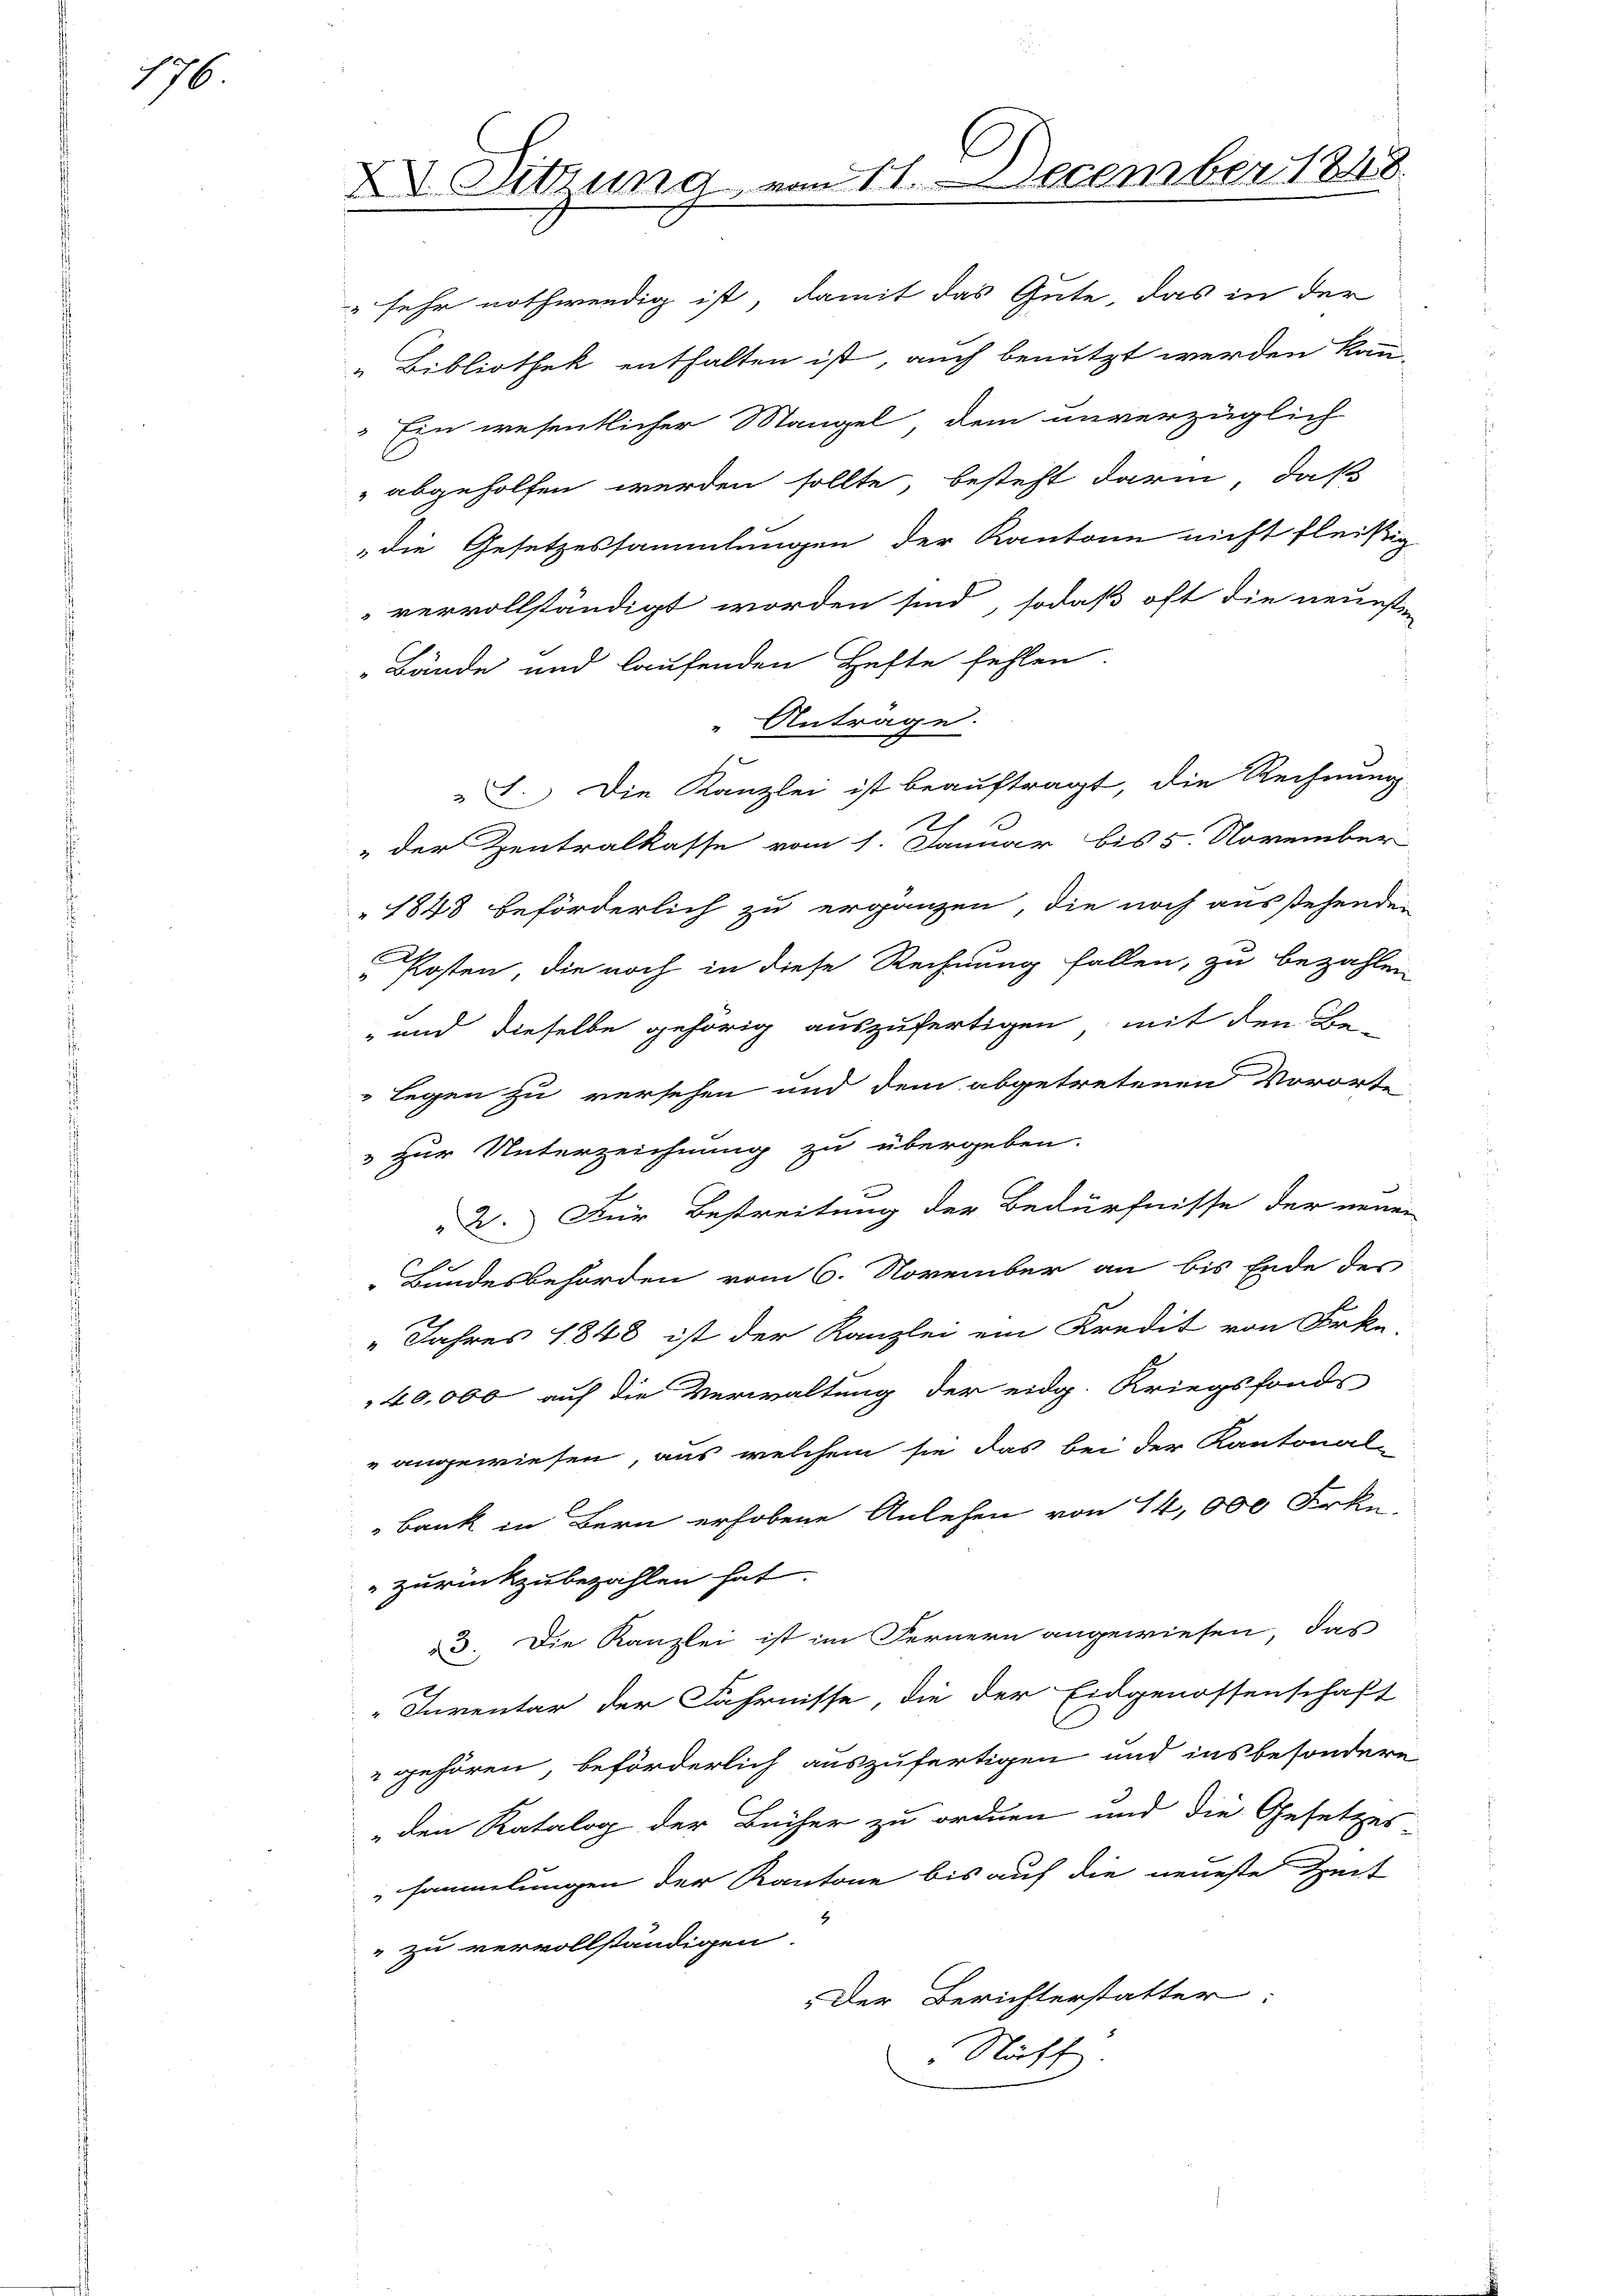
176

l
X Sitzung vom 11. December 1848

sehr nothwendig ist, damit das Gute, das in der
„Bibliothek enthalten ist, auch benutzt werden kann.
Ein wesentlicher Mangel dem unverzüglich
" abgeholfen werden sollte besteht darin, daß
die Gesetzessammlungen der Kantone nicht fleißig
vervollständigt worden sind, sodaß oft die neuesten
Bände und laufenden Hefte fehlen.
Anträge.
L.) Die Kanzlei ist beauftragt, die Rechnung
3
2
" der Zentralkasse vom 1. Januar bis 5. November
1848 beförderlich zu ergänzen, die noch ausstehenden
Posten, die noch in diese Rechnung fallen, zu bezahlen
" und dieselbe gehörig auszufertigen, mit den Be-
legen zu versehen und dem abgetretenen Vororte
 zur Unterzeichnung zu übergeben.
 2. Für Bestreitung der Bedürfnisse der neuen
Bundesbehörden vom 6. November an bis Ende des
" Jahres 1848 ist der Kanzlei ein Kredit von Frka-
40,000 auf die Verwaltung der eidg. Kriegsfonds
„angewiesen, aus welchem sie das bei der Kantonal-
bank in Bern erhobene Anlehen von 14,000 Frkn.
zurückzubezahlen hat.
3. Die Kanzlei ist im Fernern angewiesen, das
Inventar der Fahrnisse, die der Eidgenossenschaft
" gehören, beförderlich auszufertigen und ins besondere
den Katalog der Bücher zu ordnen und die Gesetzes
sammlungen der Kantone bis auf die neueste Zeit
" zu vervollständigen.
Der Berichterstatter:
Nicht